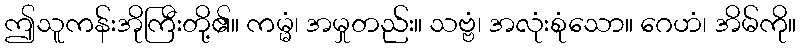
ဤသူကန်းအိုကြီးတို့၏။ ကမ္မံ၊ အမှုတည်း။ သဗ္ဗံ၊ အလုံးစုံသော။ ဂေဟံ၊ အိမ်ကို။